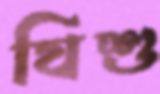
যিশু